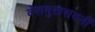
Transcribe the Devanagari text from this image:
देशमुखसदनीं